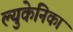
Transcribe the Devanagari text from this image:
ल्युकेनिका